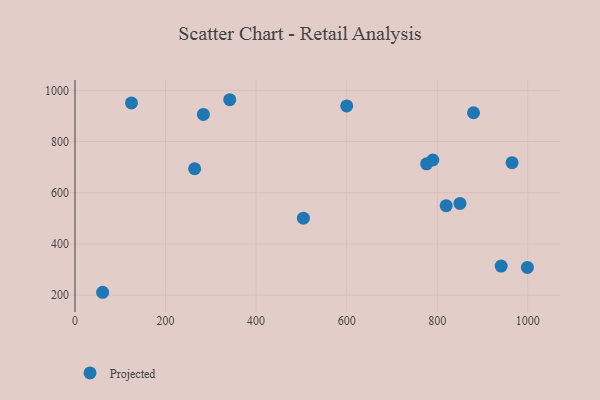
{"axis": {"x": "Engine Size", "y": "Yield"}, "legend": ["Projected"], "data": [{"x": "965.2", "y": 717.5, "type": "Projected"}, {"x": "850.2", "y": 558.1, "type": "Projected"}, {"x": "124.7", "y": 951.0, "type": "Projected"}, {"x": "941.2", "y": 313.5, "type": "Projected"}, {"x": "283.5", "y": 906.1, "type": "Projected"}, {"x": "999.1", "y": 308.3, "type": "Projected"}, {"x": "504.4", "y": 500.5, "type": "Projected"}, {"x": "819.8", "y": 549.4, "type": "Projected"}, {"x": "341.7", "y": 963.4, "type": "Projected"}, {"x": "776.6", "y": 712.9, "type": "Projected"}, {"x": "61.0", "y": 211.2, "type": "Projected"}, {"x": "790.2", "y": 728.0, "type": "Projected"}, {"x": "264.2", "y": 693.8, "type": "Projected"}, {"x": "880.2", "y": 912.6, "type": "Projected"}, {"x": "600.1", "y": 939.2, "type": "Projected"}]}